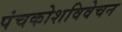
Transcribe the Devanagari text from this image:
पंचकोशविवेचन